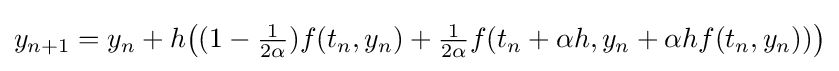
y_{n+1}=y_{n}+h{\bigl (}(1-{\tfrac {1}{2\alpha }})f(t_{n},y_{n})+{\tfrac {1}{2\alpha }}f(t_{n}+\alpha h,y_{n}+\alpha hf(t_{n},y_{n})){\bigr )}